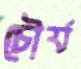
চৌর্য